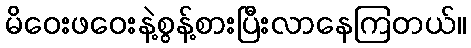
မိဝေးဖဝေးနဲ့စွန့်စားပြီးလာနေကြတယ်။